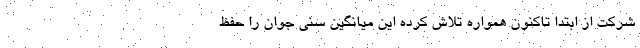
شرکت از ابتدا تاکنون همواره تلاش کرده این میانگین سنی جوان را حفظ